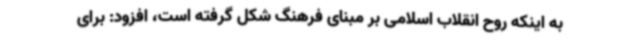
به اینکه روح انقلاب اسلامی بر مبنای فرهنگ شکل گرفته است، افزود: برای